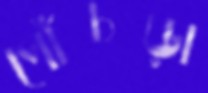
পোঁচড়া